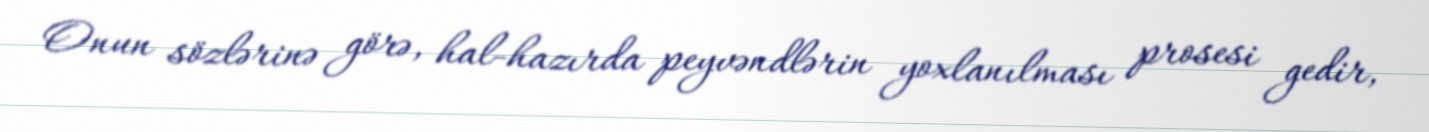
Onun sözlərinə görə, hal-hazırda peyvəndlərin yoxlanılması prosesi gedir,